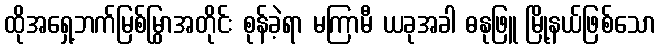
ထိုအရှေ့ဘက်မြစ်မြွှာအတိုင်း စုန်ခဲ့ရာ မကြာမီ ယခုအခါ ဓနုဖြူ မြို့နယ်ဖြစ်သော